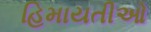
હિમાયતીઓ